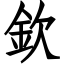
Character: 欽